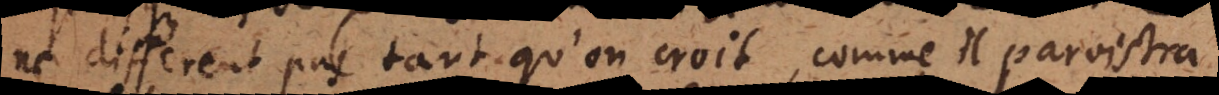
ne different pas tant qu’on croit, comme il paroistra